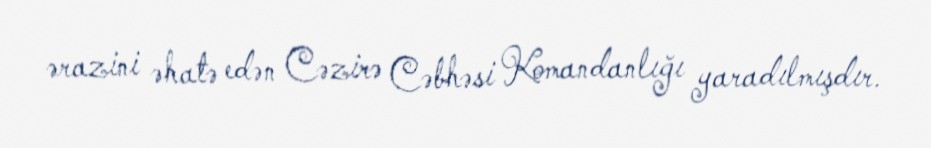
ərazini əhatə edən Cəzirə Cəbhəsi Komandanlığı yaradılmışdır.